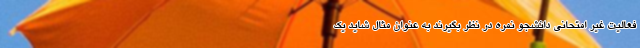
فعالیت غیر امتحانی دانشجو نمره در نظر بگیرند به عنوان مثال شاید یک